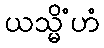
ယသ္မိံဟံ